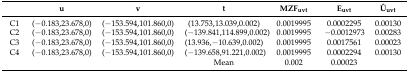
<table><thead><tr><td></td><td><b>u</b></td><td><b>v</b></td><td><b>t</b></td><td><b>MZF<sub>uvt</sub></b></td><td><b>E<sub>uvt</sub></b></td><td><b>Û<sub>uvt</sub></b></td></tr></thead><tbody><tr><td>C1</td><td>(−0.183,23.678,0)</td><td>(−153.594,101.860,0)</td><td>(13.753,13.039,0.002)</td><td>0.0019995</td><td>0.0002295</td><td>0.00130</td></tr><tr><td>C2</td><td>(−0.183,23.678,0)</td><td>(−153.594,101.860,0)</td><td>(−139.841,114.899,0.002)</td><td>0.0019995</td><td>−0.0012973</td><td>0.00283</td></tr><tr><td>C3</td><td>(−0.183,23.678,0)</td><td>(−153.594,101.860,0)</td><td>(13.936,−10.639,0.002)</td><td>0.0019995</td><td>0.0017561</td><td>0.00023</td></tr><tr><td>C4</td><td>(−0.183,23.678,0)</td><td>(−153.594,101.860,0)</td><td>(−139.658,91.221,0.002)</td><td>0.0019995</td><td>0.0002294</td><td>0.00130</td></tr><tr><td></td><td></td><td></td><td>Mean</td><td>0.002</td><td>0.00023</td><td></td></tr></tbody></table>